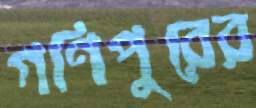
গণিপুরের